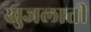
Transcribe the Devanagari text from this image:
खुजलाती